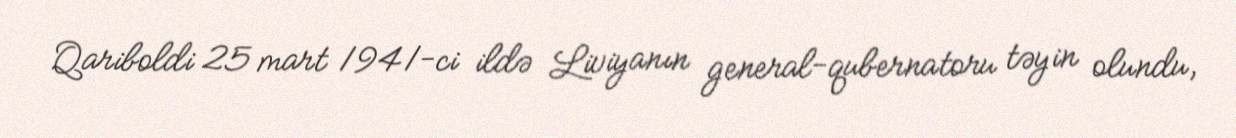
Qariboldi 25 mart 1941-ci ildə Liviyanın general-qubernatoru təyin olundu,